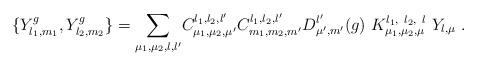
LaTeX: \begin{align*}\{Y_{l_{1},m_{1}}^{g},Y_{l_{2},m_{2}}^{g}\}={\displaystyle\sum\limits_{\mu_{1},\mu_{2},l,l^{\prime}}}C_{\mu_{1},\mu_{2},\mu^{\prime}}^{l_{1},l_{2},l^{\prime}}C_{m_{1},m_{2},m^{\prime}}^{l_{1},l_{2},l^{\prime}}D_{\mu^{\prime},m^{\prime}}^{l^{\prime}}(g)\ K_{\mu_{1},\mu_{2},\mu}^{l_{1},\ l_{2},\ l}\ Y_{l,\mu}\ . \end{align*}